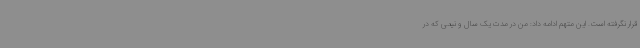
قرار نگرفته است. این متهم ادامه داد: من در مدت یک سال و نیمی که در